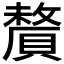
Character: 𬥦